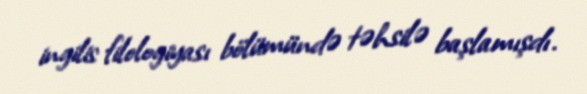
ingilis filologiyası bölümündə təhsilə başlamışdı.